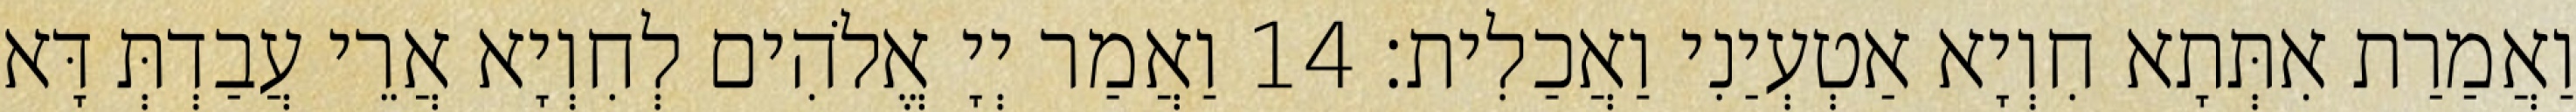
וַאֲמַרַת אִתְּתָא חִוְיָא אַטְעְיַנִי וַאֲכַלִית׃ 14 וַאֲמַר יְיָ אֱלֹהִים לְחִוְיָא אֲרֵי עֲבַדְתְּ דָּא